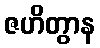
ဇဟိတွာန